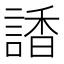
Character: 𧪑